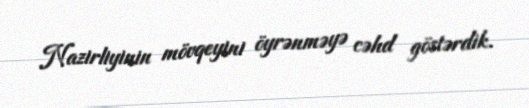
Nazirliyinin mövqeyini öyrənməyə cəhd göstərdik.